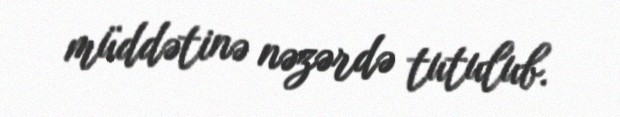
müddətinə nəzərdə tutulub.